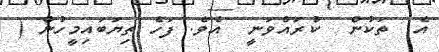
އެ  ތަކުން  ކުރައްވަނީ  އެވެ. ފަހެ ތިޔަބައިމީހުން (